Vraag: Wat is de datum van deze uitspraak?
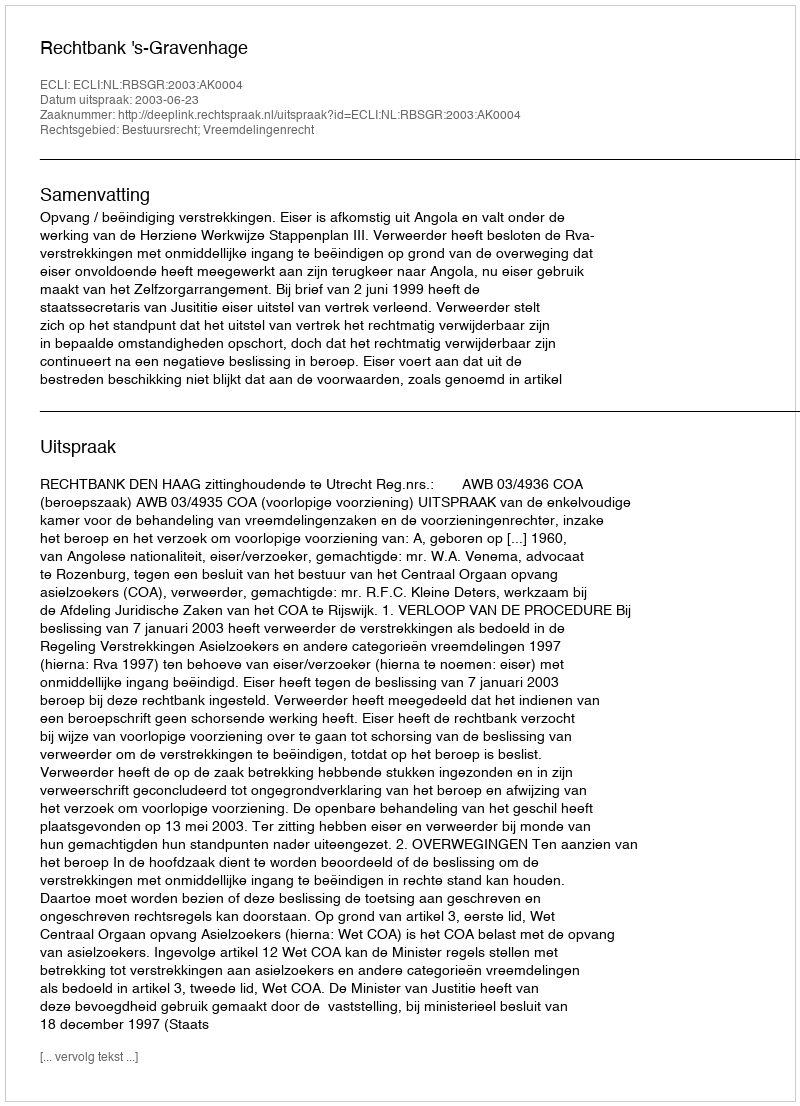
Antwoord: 2003-06-23